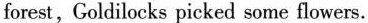
forest,Goldilocks picked some flowers.